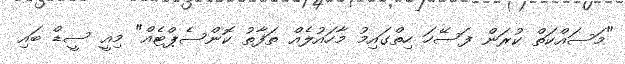
"މަސައްކަތް ކުރަން ފަސޭހަ ހިތްގައިމު މާހައުލެއް ތަފާތު ކޮންސެޕްޓެއް" މިއީ ސީޑް ބައި